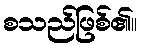
စသည်ဖြစ်၏။